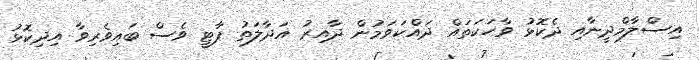
އިސްލާމްދީނާއި ދެކޮޅު ވާހަކަތައް ދައްކަވަމުން ދާއިރު އަދާލަތު ޕާޓީ ވެސް ބައިވެރިވާ އިދިކޮޅު